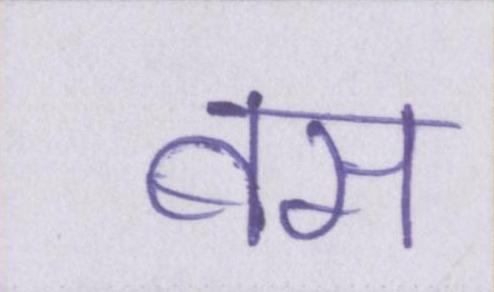
बस